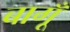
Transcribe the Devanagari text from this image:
बागूँ